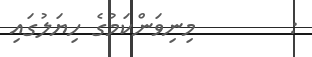
:        މިނިވަންކަމުގެ ހިޔަލުގައި